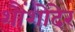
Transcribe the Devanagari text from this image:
शौंशोदेर